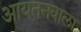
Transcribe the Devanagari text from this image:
आयतनवाला